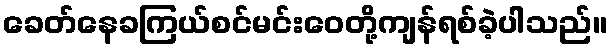
ခေတ်နေခကြယ်စင်မင်းဝေတို့ကျန်ရစ်ခဲ့ပါသည်။